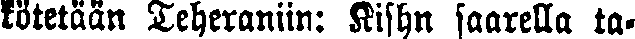
kötetään Teheraniin: Kishn saarella ta-